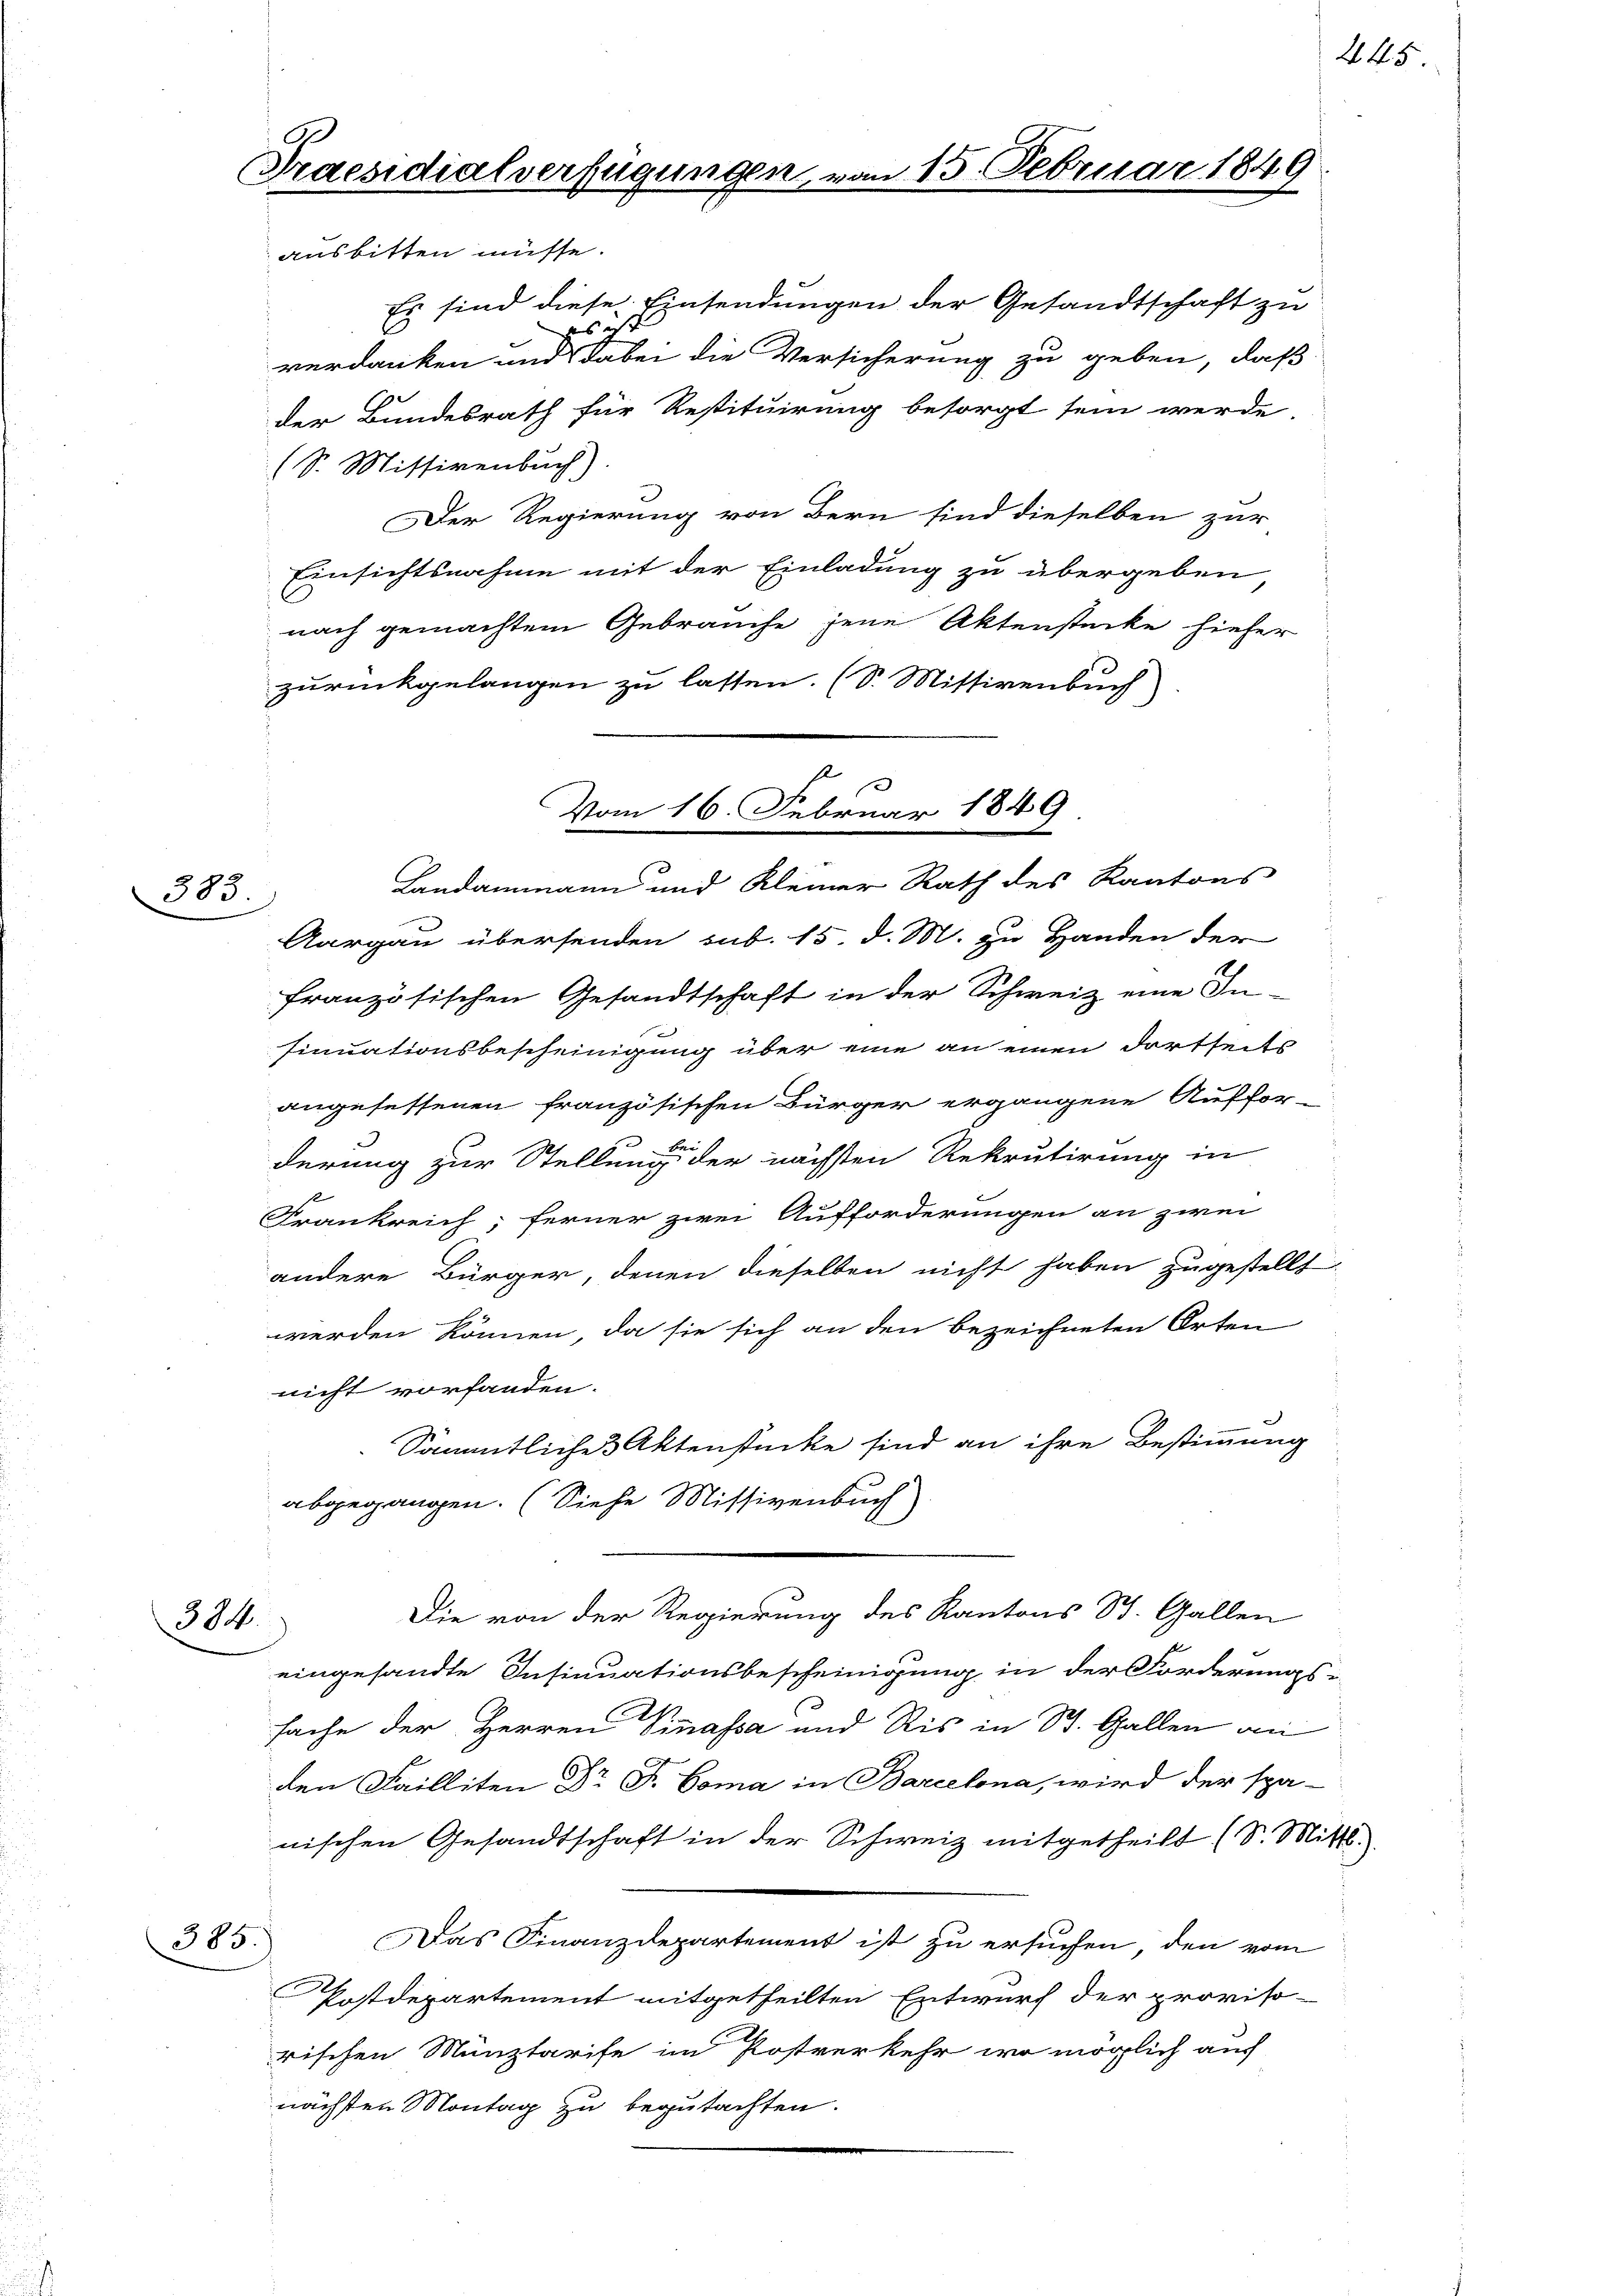
383

Praesidialverfügungen,
ausbitten müsse.

n 15. Februar 1849

Es sind diese Einsendungen der Gesandtschaft zu
s 2
verdanken und dabei die Versicherung zu geben, daß
der Bundesrath für Restituirung besorgt sein werde,
(S. Missivenbuch)
Der Regierung von Bern sind dieselben zur
Einsichtsnahme mit der Einladung zu übergeben
nach gemachtem Gebrauche jene Aktenstücke hiefer
zurückgelangen zu lassen. (S. Missivenbuch)
Aargau übersenden sub. 15. d. M. zu Handen der
französischen Gesandtschaft in der Schweiz eine In-
sinuationsbescheinigung über eine an einen dortseits
angesessenen französischen Bürger ergangene Auffor-
derung zur Stellung der nächsten Rekrutirung in
1
Frankreich; ferner zwei Aufforderungen an zwei
andere Bürger, denen dieselben nicht haben zugestellt.
werden können, da sie sich an den bezeichneten Orten
nicht vorhanden.
Sämmtliches Aktenstücke sind an ihre Bestimmung
abgegangen. (Siehe Missivenbuch)
Die von der Regierung des Kantons St. Gallen
384.
eingesandte Insinuationsbescheinigung in der Forderungs-
sache der Herren Vinassa und Ris in St. Gallen an
den Failliten Dr F. Coma in Barcelona, wird der spä-
nischen Gesandtschaft in der Schweiz mitgetheilt (S. Mitte.
Das Finanzdepartement ist zu ersuchen, den vom
385.
Postdepartement mitgetheilten Entwurf der proviso-
rischen Münztarife im Postverkehr wo möglich auch
nächsten Montag zu begutachten.

f
Vom 16. Februar 1849.
Landammann und Kleiner Rath des Kantons

445